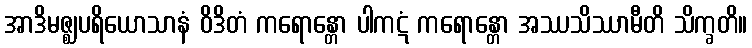
အာဒိမဇ္ဈပရိယောသာနံ ဝိဒိတံ ကရောန္တော ပါကဋံ ကရောန္တော အဿသိဿာမီတိ သိက္ခတိ။